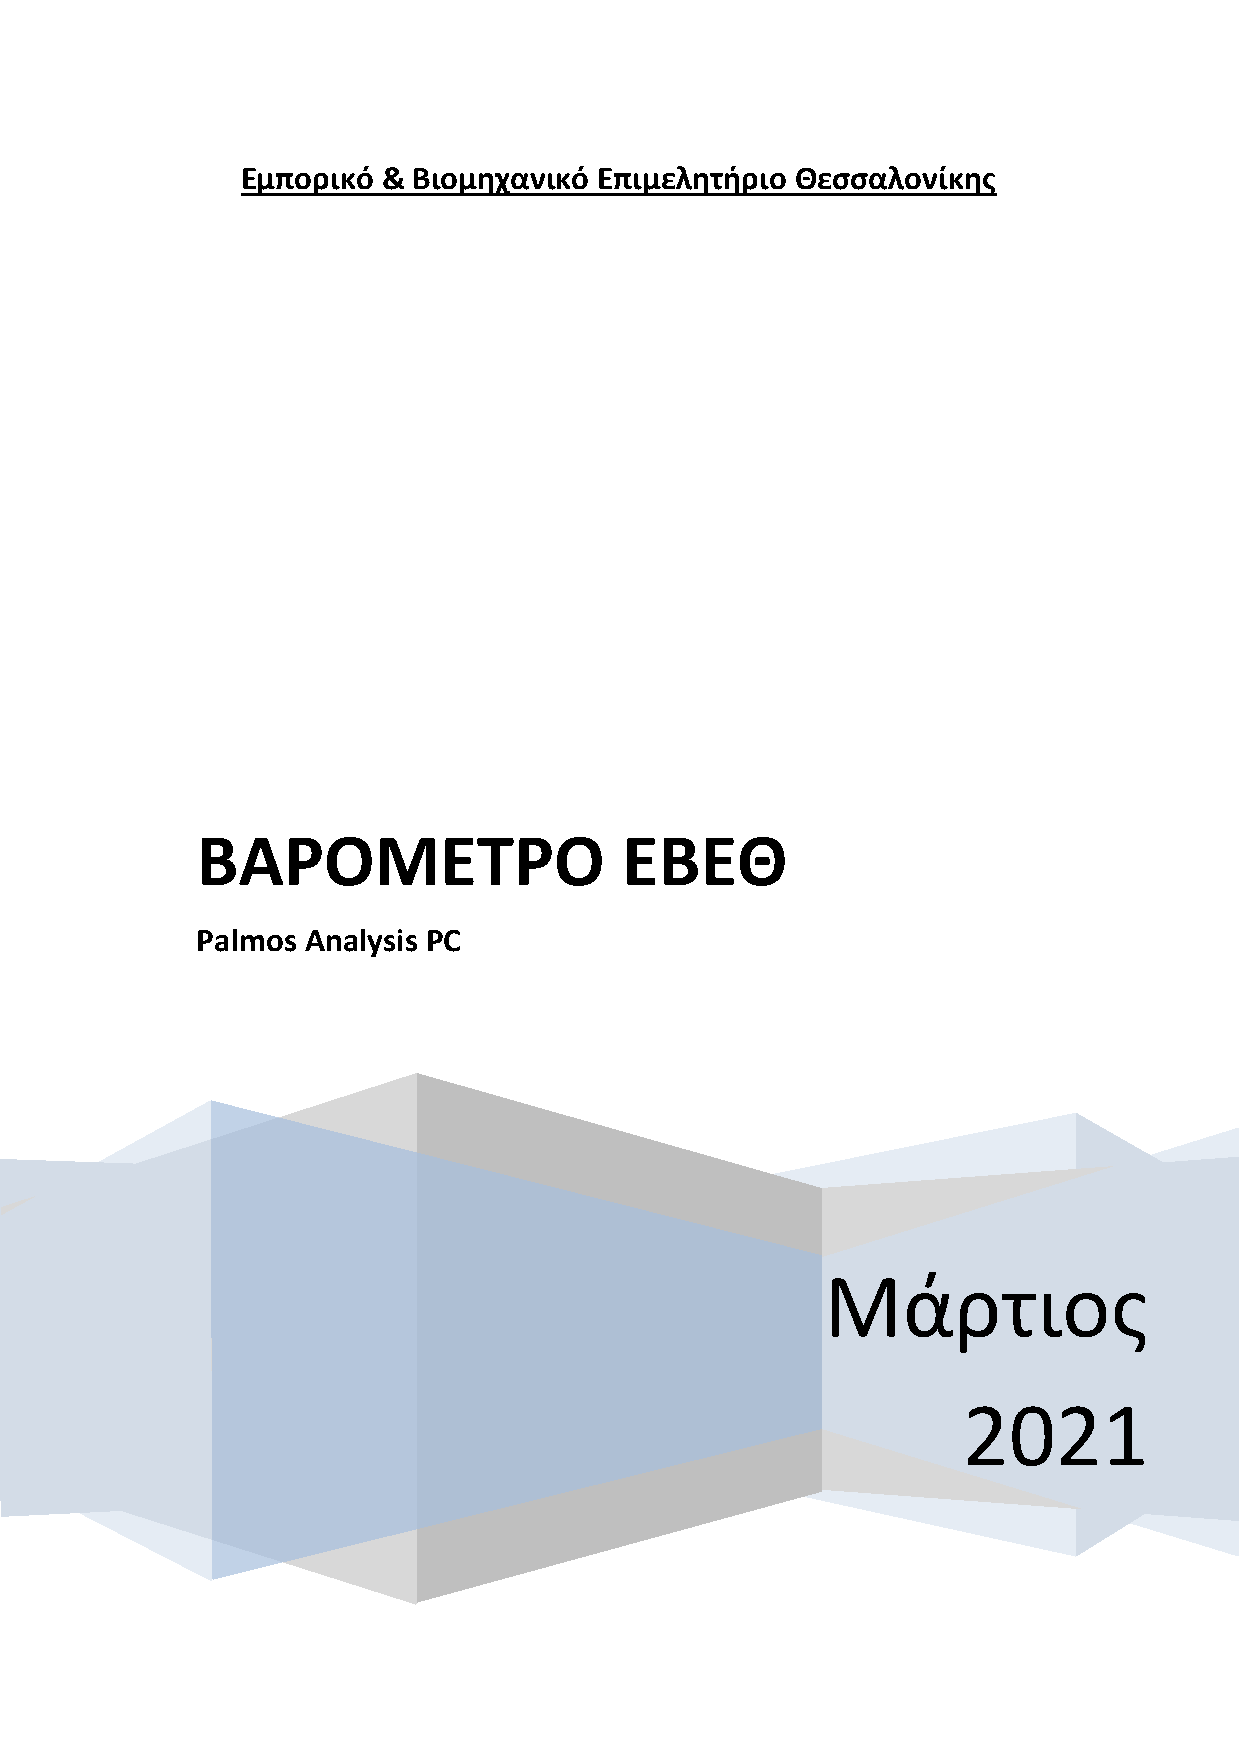
Εμπορικό & Βιομηχανικό  Επιμελητήριο Θεσσαλονίκης
 ΒΑΡΟΜΕΤΡΟ                   ΕΒΕΘ
 Palmos Analysis PC
 Μάρτιος
 2021